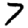
Digit: 7